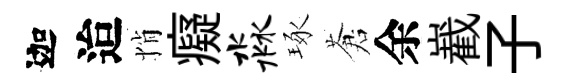
迦迨悄癡淼琢蒼余嶻子